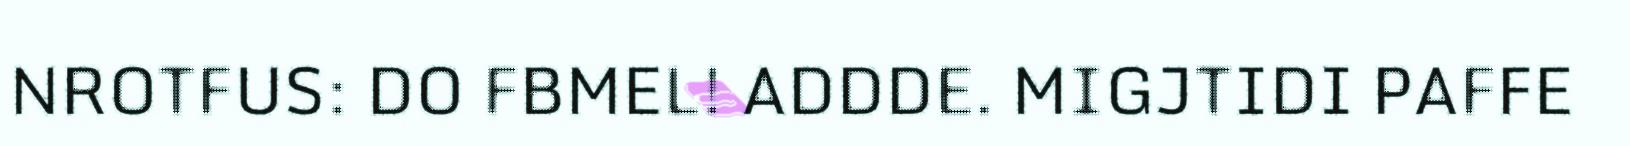
NROTFUS: DO FBMEL! ADDDE. MIGJTIDI PAFFE